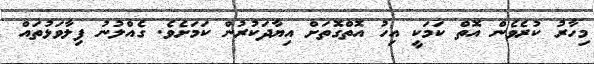
މިހާރު ކުރެވެން އޮތް ކަމަކީ އިހު އޮތްގޮތަށް އިޔާދަކުރުން ކަމަށެވެ. ގެއްލުނު ފިލާވަޅުތައް